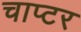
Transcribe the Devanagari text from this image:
चाप्टर